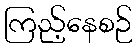
ကြည့်နေစဉ်